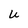
Character: U